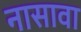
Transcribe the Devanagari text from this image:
नासावा